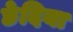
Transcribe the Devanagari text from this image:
छेदिया